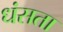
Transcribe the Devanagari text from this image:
धंसता